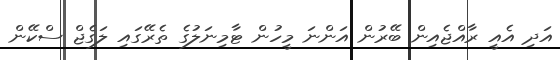
އަދި އެއީ ރާއްޖެއިން ބޭރުން އަންނަ މީހުން ޓާމިނަލުގެ ތެރޭގައި ލަގެޖް ސްކޭން